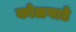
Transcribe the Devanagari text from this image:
कोळवाडे